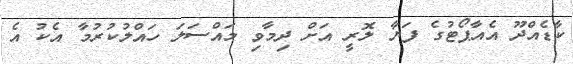
ކާޑެއްދޫ އެއާޕޯޓުގެ ފަޔާ ލޮރީ އަށް ދިިމާވި މައްސަލަ ހައްލުކުރުމާ އެކު އެ